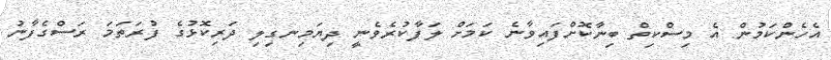
އެހެންކަމުން އެ މިސްކިތް ބިނާކޮށްފައިވާނެ ކަމަށް ލަފާކުރެވެނީ ދިޔަމިނގިލި ދަރިކޮޅުގެ ފުރަތަމަ ރަސްގެފާނު